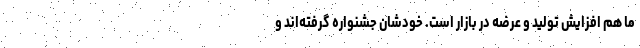
ما هم افزایش تولید و عرضه در بازار است. خودشان جشنواره گرفته‌اند و